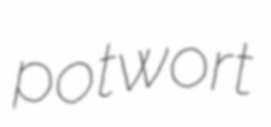
potwort